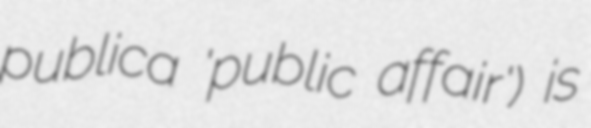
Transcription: publica 'public affair') is